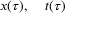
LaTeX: x ( \tau ) , \; \; \; \; t ( \tau )